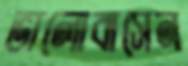
ভালোবাসেন